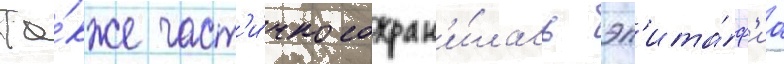
Та́кже част'и́чно сохран'и́лась эп'ита́ф'иа